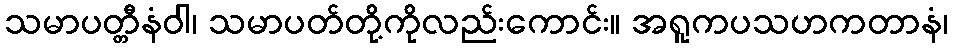
သမာပတ္တီနံဝါ၊ သမာပတ်တို့ကိုလည်းကောင်း။ အရူကပသဟကတာနံ၊